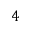
4